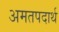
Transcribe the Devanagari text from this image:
अमतपदार्थ